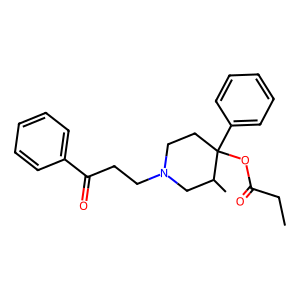
SMILES: CCC(=O)OC1(c2ccccc2)CCN(CCC(=O)c2ccccc2)CC1C
Inhibits HIV replication: No